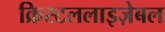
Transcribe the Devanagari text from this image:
क्रिस्टललाइज़ेबल